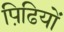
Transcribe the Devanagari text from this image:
पिढि़यों